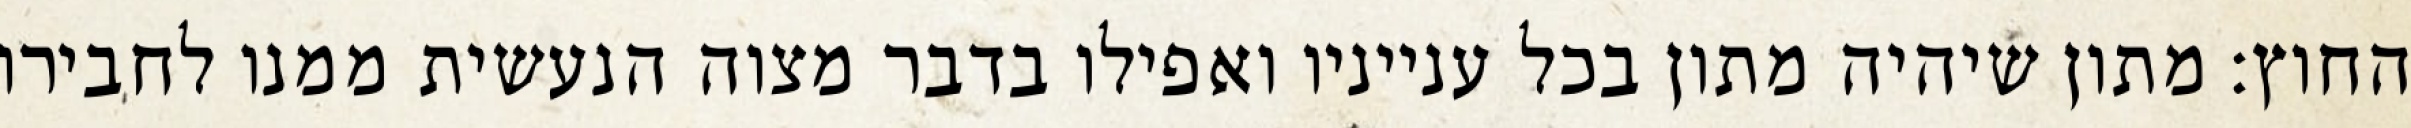
החוץ: מתון שיהיה מתון בכל ענייניו ואפילו בדבר מצוה הנעשית ממנו לחבירו